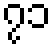
၇၁